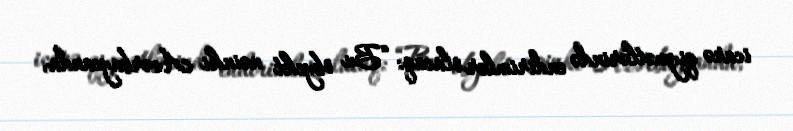
icarə qiymətlərində endirimlər olacaq: “Bu obyekt nəinki Azərbaycanda,